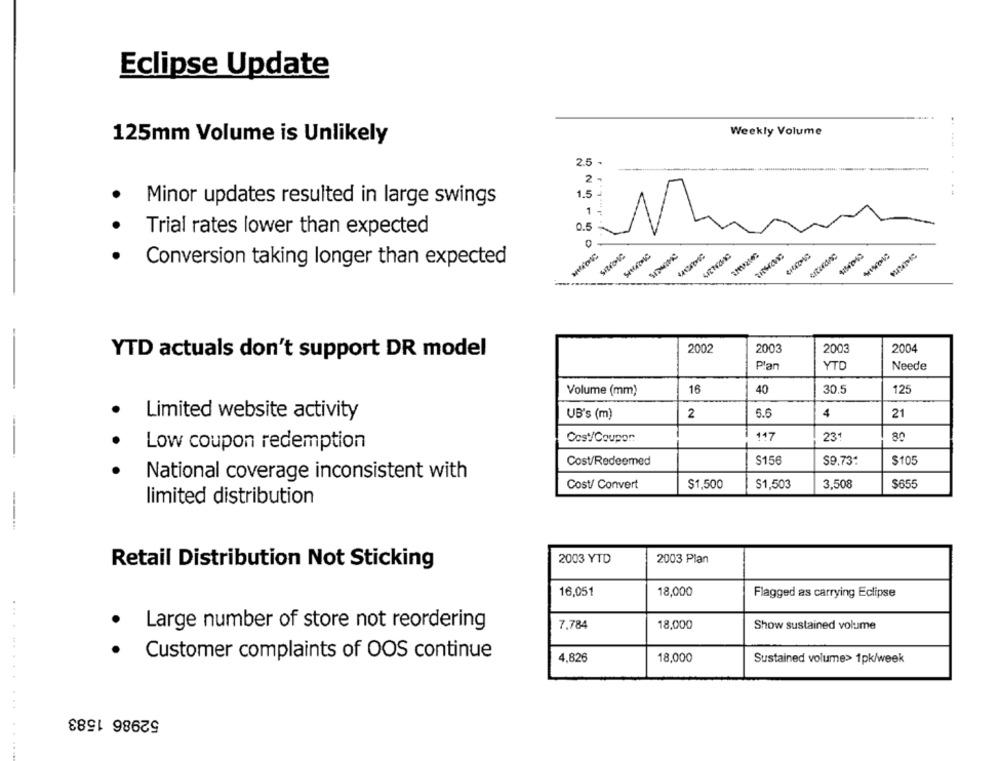
Eclipse Update
Weekly Volume
125mm Volume is Unlikely
2.5 -
2-
1.5 J
Minor updates resulted in large swings
1 -
0.5
Trial rates lower than expected
Conversion taking longer than expected
2002
2003
2003
2004
YTD actuals don't support DR model
Plan
YTO
Neede
40
125
Volume (mm)
16
30.5
Limited website activity
UB's (m)
2
5.6
4
21
Cos/Coupon:
147
23
80
Low coupon redemption
Cost/Redeemed
$156
$9.73:
$105
National coverage inconsistent with
Cost/ Convert
$1,500
$1,503
3,508
$655
limited distribution
2003 YTD
2003 Plan
Retail Distribution Not Sticking
16,051
18,000
Flagged as carrying Eclipse
7,784
Large number of store not reordering
18,000
Show sustained volume
Customer complaints of OOS continue
4,826
18,000
Sustained volume> 1pk/week
52986 1583